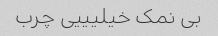
بی نمک خیلیییی چرب